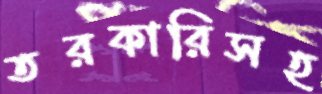
তরকারিসহ